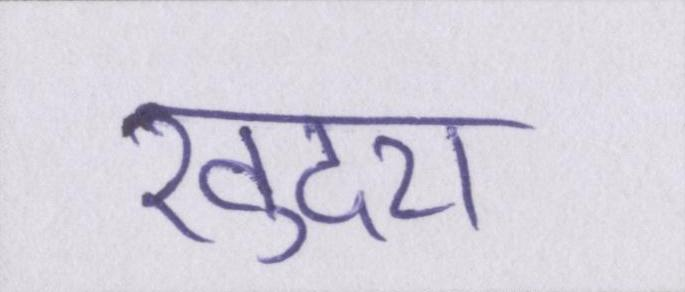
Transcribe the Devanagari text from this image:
खुदरा